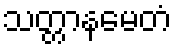
သတ္တာနမေတံ